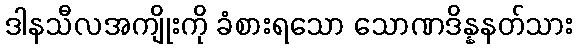
ဒါနသီလအကျိုးကို ခံစားရသော သောဏဒိန္နနတ်သား